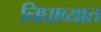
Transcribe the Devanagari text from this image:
निघाव्यात